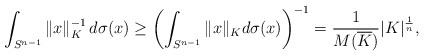
LaTeX: \begin{align*}\int_{S^{n-1}}\|x\|_K^{-1}\,d\sigma(x)\ge \left (\int_{S^{n-1}}\|x\|_Kd\sigma(x)\right )^{-1}=\frac{1}{M(\overline{K})}|K|^{\frac{1}{n}},\end{align*}